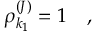
\rho _ { k _ { 1 } } ^ { ( J ) } = 1 \quad ,